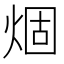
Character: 𤊎